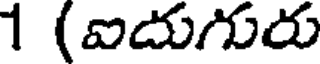
1 (ఐదుగురు